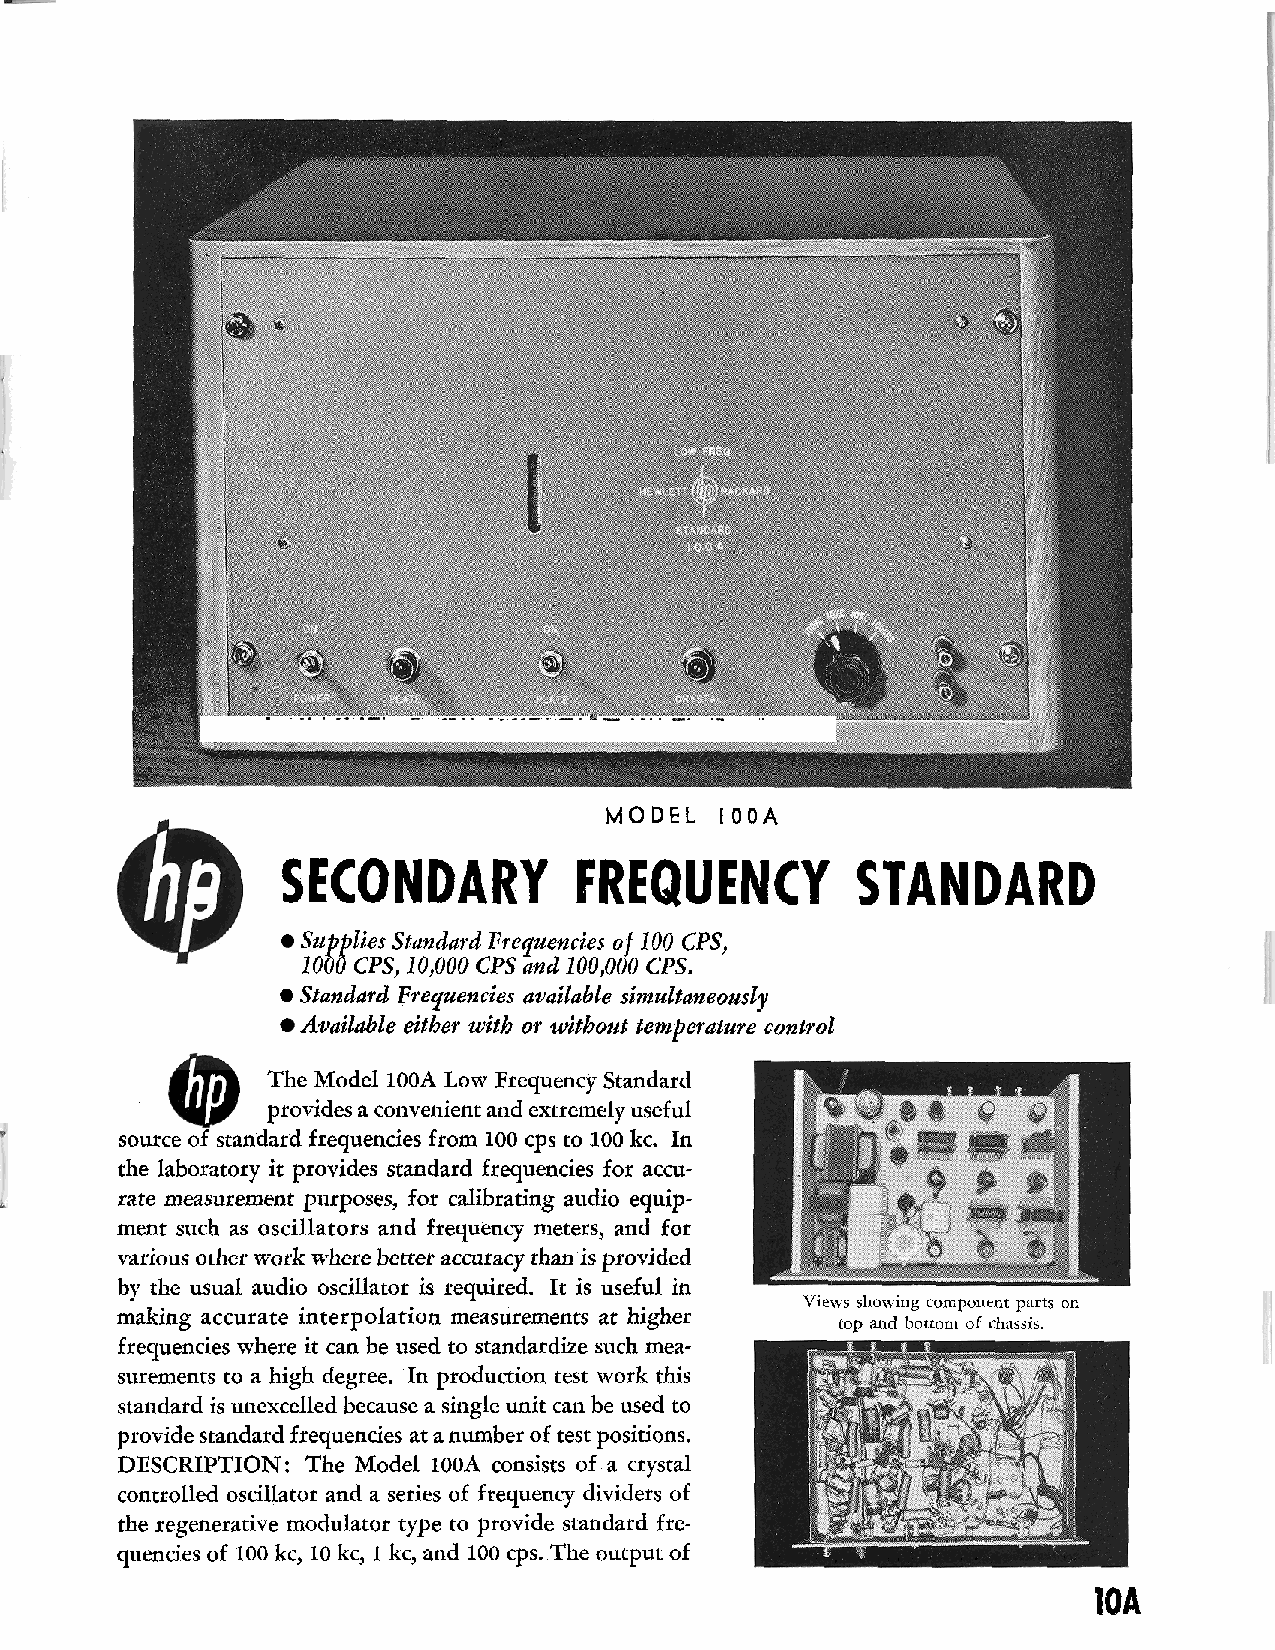
MODEL   100A
 SECONDARY          FREQUENCY          STANDARD
 Supplies Standard Frequencies of 100 CPS,
 1000 CPS, 10,000 CPS and 100,000 CPS.
 Standard Frequencies available simultaneously
 Available either with or without temperature control
 The Model 100A Low Frequency Standard
 provides a convenient and extremely useful
 source of standard frequencies from 100 cps to 100 kc. In
 the laboratory it provides standard frequencies for accu-
 rate measurement purposes, for calibrating audio equip-
 ment such as oscillators and frequency meters, and for
 various other work where better accuracy than is provided
 by the usual audio oscillator is required. It is useful in
 Views showing component parts on
 making accurate interpolation measurements at higher
 top and bottom of chassis.
 frequencies where it can be used to standardize such mea-
 surements to a high degree. In production test work this
 standard is unexcelled because a single unit can be used to
 provide standard frequencies at a number of test positions.
 DESCRIPTION: The Model 100A consists of a crystal
 controlled oscillator and a series of frequency dividers of
 the regenerative modulator type to provide standard fre-
 quencies of 100 kc, 10 kc, 1 kc, and 100 cps. The output of
 10A